画像に写った文字を読んでください
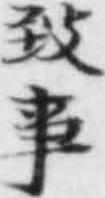
「𦤺亊」と書いてあります